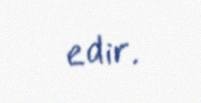
edir.